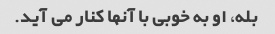
بله، او به خوبی با آنها کنار می آید.